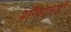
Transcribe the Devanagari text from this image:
परिषदेलाही